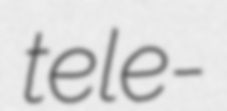
tele-